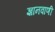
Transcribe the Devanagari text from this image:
ज्ञानवाणी